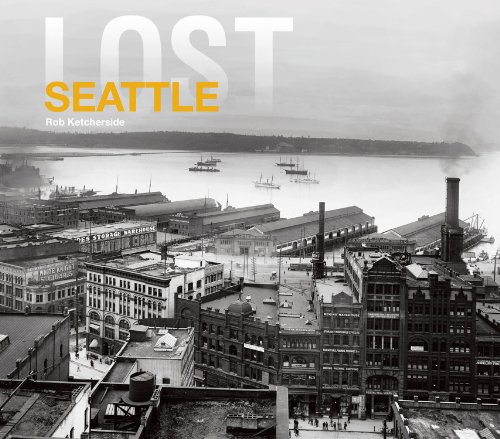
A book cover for Lost Seattle; Rob Ketcherside; Arts & Photography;